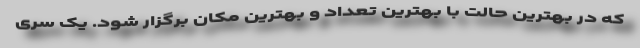
که در بهترین حالت با بهترین تعداد و بهترین مکان برگزار شود. یک سری